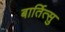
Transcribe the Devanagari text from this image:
बार्तित्सु